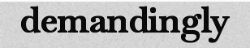
demandingly